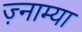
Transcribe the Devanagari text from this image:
ज़्नाम्या